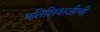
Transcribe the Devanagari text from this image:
प्रतिशिवाजीची